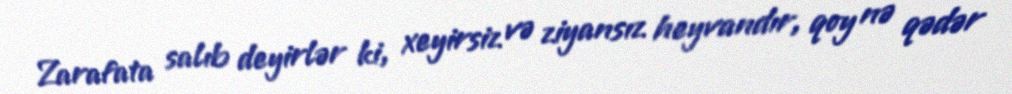
Zarafata salıb deyirlər ki, xeyirsiz və ziyansız heyvandır, qoy nə qədər